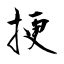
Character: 挭